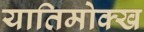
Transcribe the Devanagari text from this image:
यातिमोक्ख